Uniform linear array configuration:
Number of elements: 64
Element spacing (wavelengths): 0.75
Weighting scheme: hann
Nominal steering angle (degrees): -60
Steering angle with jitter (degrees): -59.14
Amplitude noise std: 0.05
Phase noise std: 0.05

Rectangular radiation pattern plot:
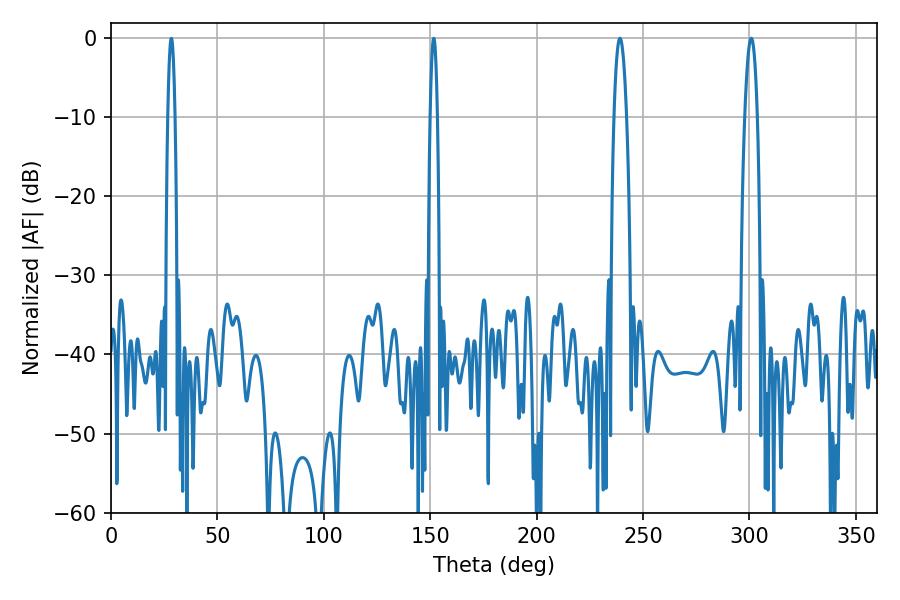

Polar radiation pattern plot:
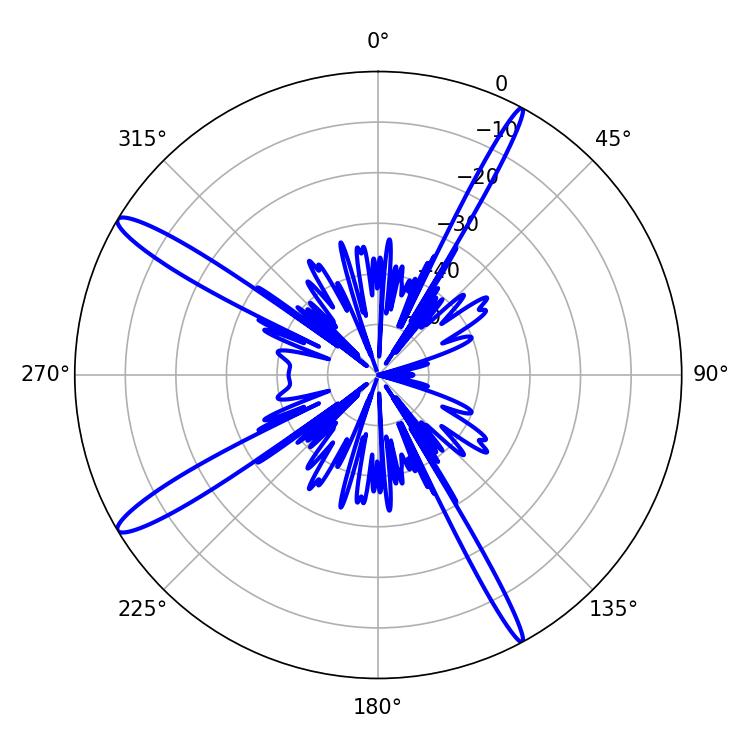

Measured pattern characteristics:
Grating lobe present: TRUE
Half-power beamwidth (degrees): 3.24
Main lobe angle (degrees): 300.78